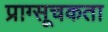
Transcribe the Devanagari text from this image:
प्राग्सूचकता